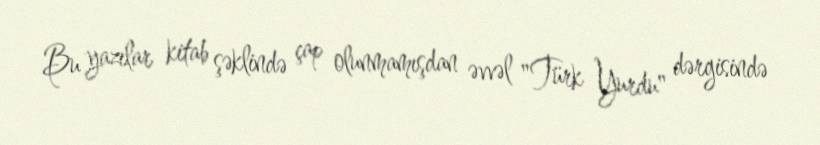
Bu yazılar kitab şəklində çap olunmamışdan əvvəl "Türk Yurdu" dərgisində